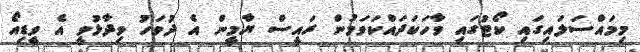
މިމައްސަލައިގައި ކޯޓުގައި ވާހަކަދައްކަވަމުން ރައީސް ޔާމީން އެ ދުވަހު ވިދާޅުވީ އެ ވީޑިއޯ